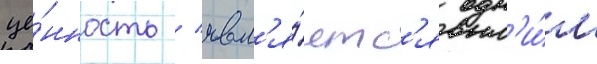
це́нность / явл'я́етс'я одн'и́м